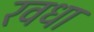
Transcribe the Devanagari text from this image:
रवधा